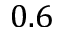
0 . 6